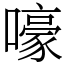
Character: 嚎